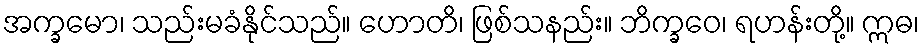
အက္ခမော၊ သည်းမခံနိုင်သည်။ ဟောတိ၊ ဖြစ်သနည်း။ ဘိက္ခဝေ၊ ရဟန်းတို့။ ဣဓ၊